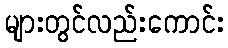
များတွင်လည်းကောင်း